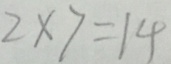
2 \times 7 = 1 4